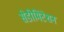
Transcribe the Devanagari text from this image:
सेडीमिंटेशन